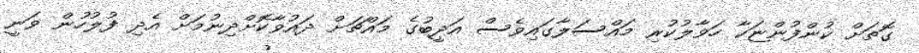
ގޮތަށް ކުންފުންޏަކާ ހަވާލުކުރި މައްސަލާގައިވެސް އަދީބުގެ މައްޗަށް ދައުވާކޮށްދިނުމަށް އެދި ފުލުހުން ވަނީ